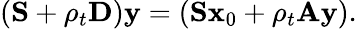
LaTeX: \left(\mathbf{S}+\rho_{t}\mathbf{D}\right)\mathbf{y}=\left(\mathbf{S}\mathbf{x}_{0}+\rho_{t}\mathbf{A}\mathbf{y}\right).